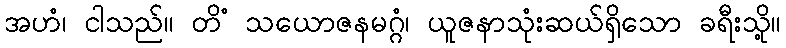
အဟံ၊ ငါသည်။ တိံ သယောဇနမဂ္ဂံ၊ ယူဇနာသုံးဆယ်ရှိသော ခရီးသို့။